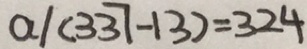
a / ( 3 3 7 - 1 3 ) = 3 2 4